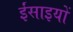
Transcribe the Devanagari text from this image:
ईंसाइयों